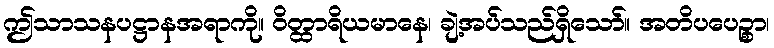
ဤသာသနပဋ္ဌာနအရာကို။ ဝိတ္ထာရိယမာနေ၊ ချဲ့အပ်သည်ရှိသော်။ အတိပပေဉ္စာ၊